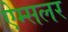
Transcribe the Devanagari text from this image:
ऐम्सलर